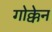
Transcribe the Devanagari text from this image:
गोक्केन